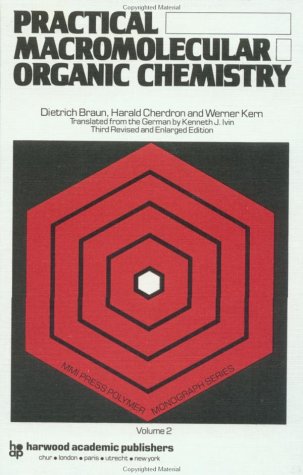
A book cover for Practical Macromolecular Organic Chemistry (MMI Press polymer monograph series); D. Braun; Science & Math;